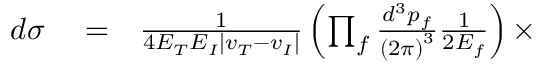
\begin{array} { r l r } { d \sigma } & { { } = } & { \frac { 1 } { 4 E _ { T } E _ { I } \left\vert v _ { T } - v _ { I } \right\vert } \left( \prod _ { f } \frac { d ^ { 3 } p _ { f } } { \left( 2 \pi \right) ^ { 3 } } \frac { 1 } { 2 E _ { f } } \right) \times } \end{array}